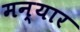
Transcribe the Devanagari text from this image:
मन्यार